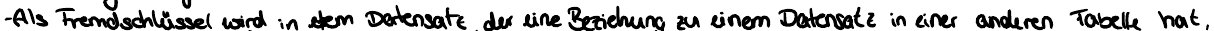
- Als Fremdschlüssel wird in dem Datensatz der eine Beziehung zu einem Datensatz in einer anderen Tabelle hat,